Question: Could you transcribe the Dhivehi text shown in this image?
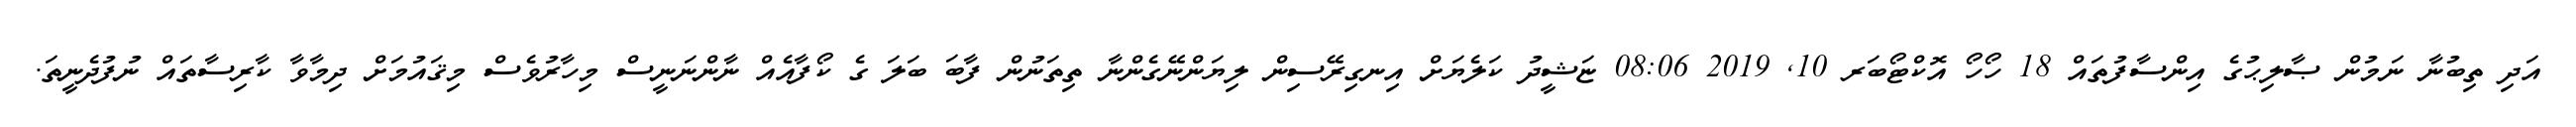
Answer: އަދި ތިބުނާ ނަމުން ޞާލިޙުގެ އިންސާފުތައް 18 ހޯހޯ އޮކްޓޯބަރ 10, 2019 08:06 ޏަޝީދު ކަލެޔަށް އިނގިރޭސިން ލިޔަންނޭގެންނާ ތިތަނުން ފާބަ ބަލަ ގެ ކޯފާއެއް ނާންނަނީސް މިހާރުވެސް މިޤައުމަށް ދިމާވާ ކާރިސާތައް ނުފުދެނީތަ.